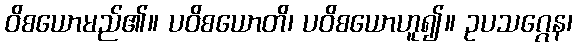
ဝိစယောမည်၏။ ပဝိစယောတိ၊ ပဝိစယောဟူ၍။ ဥပသဂ္ဂေန၊